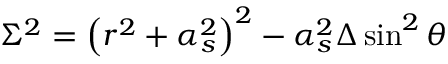
\Sigma ^ { 2 } = \left( r ^ { 2 } + \alpha _ { s } ^ { 2 } \right) ^ { 2 } - \alpha _ { s } ^ { 2 } \Delta \sin ^ { 2 } \theta